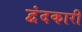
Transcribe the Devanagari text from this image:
द्वंदकारी